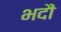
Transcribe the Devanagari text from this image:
भदौं